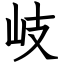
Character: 岐